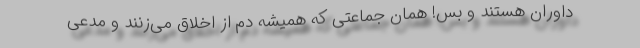
داوران هستند و بس! همان جماعتی که همیشه دم از اخلاق می‌زنند و مدعی